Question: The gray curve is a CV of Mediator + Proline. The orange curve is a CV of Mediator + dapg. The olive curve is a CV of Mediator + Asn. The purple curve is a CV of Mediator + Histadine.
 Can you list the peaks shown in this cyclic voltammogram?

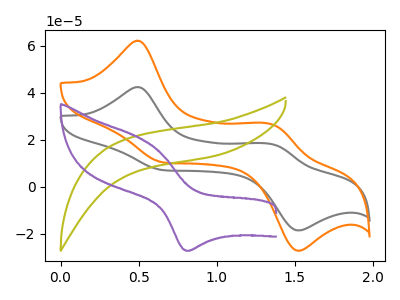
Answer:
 <answer>The gray curve "Mediator + Proline" has anodic peaks at (0.50V, 42.40uA) (1.35V, 18.10uA) and cathodic peaks at (0.65V, 7.00uA) (1.50V, -18.55uA). The orange curve "Mediator + dapg" has anodic peaks at (0.50V, 62.10uA) (1.35V, 26.55uA) and cathodic peaks at (0.65V, 10.30uA) (1.50V, -27.15uA). The olive curve "Mediator + Asn" has no peaks. The purple curve "Mediator + Histadine" has an anodic peak at (0.50V, 20.60uA) and a cathodic peak at (0.80V, -27.20uA).</answer>
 <eval></eval>